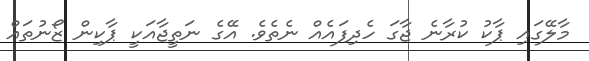
މާލޭގައި ޕާކު ކުރާނެ ޖާގަ ހެދިފައެއް ނެތެވެ. އޭގެ ނަތީޖާއަކީ ޕާކިން ޒޯނުތައް